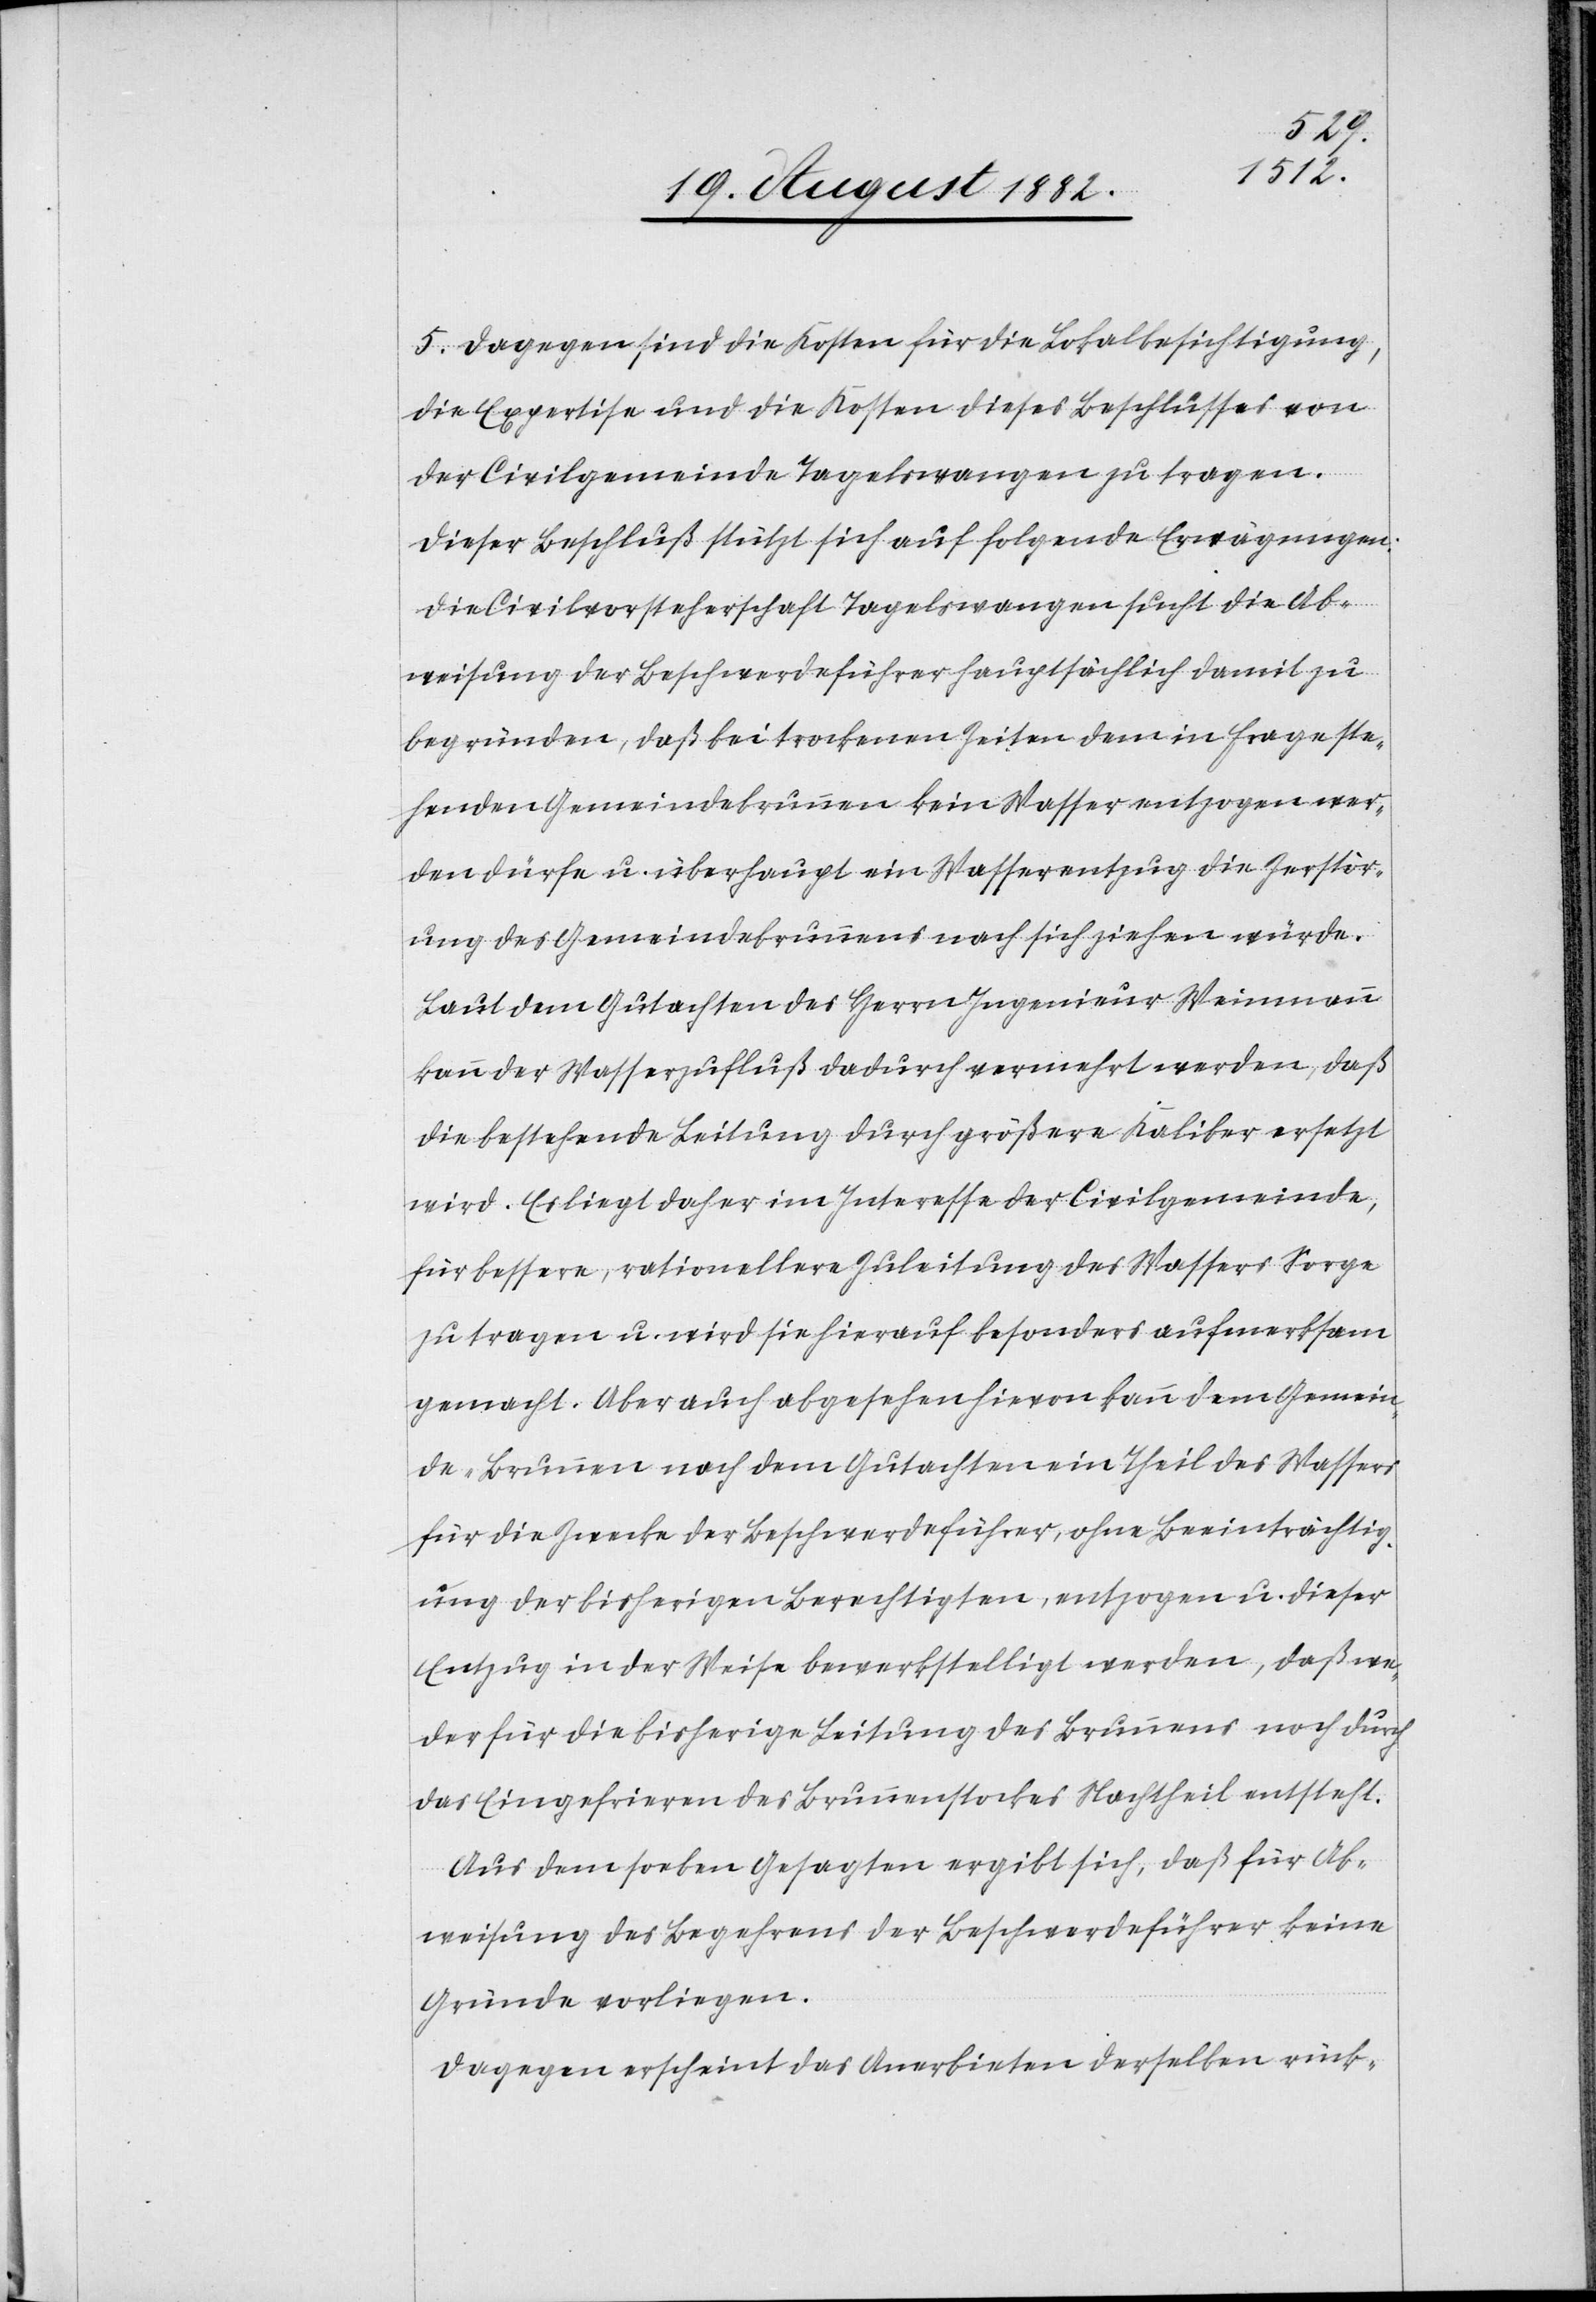
5. Dagegen sind die Kosten für die Lokalbesichtigung,
die Expertise und die Kosten dieses Beschlusses von
der Civilgemeinde Tagelswangen zu tragen.
Dieser Beschluß stützt sich auf folgende Erwägungen:
Die Civilvorsteherschaft Tagelswangen sucht die Ab¬
weisung der Beschwerdeführer hauptsächlich damit zu
begründen, daß bei trockenen Zeiten dem in Frage ste¬
henden Gemeindebrünnen kein Wasser entzogen wer¬
den dürfe u. überhaupt ein Wasserentzug die Zerstör¬
ung des Gemeindebrunnens nach sich ziehen würde.
Laut dem Gutachten des Herrn Ingenieur Weinmann
kann der Wasserzufluß dadurch vermehrt werden, daß
die bestehende Leitung durch größere Kaliber ersetzt
wird. Es liegt daher im Interesse der Civilgemeinde,
für bessere, rationellere Zuleitung des Wassers Sorge
zu tragen u. wird sie hierauf besonders aufmerksam
gemacht. Aber auch abgesehen hievon kann dem Gemein¬
de-Brunnen nach dem Gutachten ein Theil des Wassers
für die Zwecke der Beschwerdeführer, ohne Beeinträchtig¬
ung der bisherigen Berechtigten, entzogen u. dieser
Entzug in der Weise bewerkstelligt werden, daß we¬
der für die bisherige Leitung des Brunnens noch durch
das Eingefrieren des Brunnenstockes Nachtheil entsteht.
Aus dem soeben Gesagten ergibt sich, daß für Ab¬
weisung des Begehrens der Beschwerdeführer keine
Gründe vorliegen.
Dagegen erscheint das Anerbieten derselben rück-